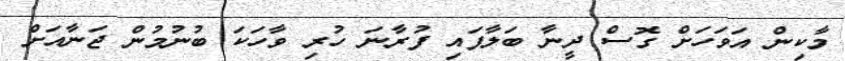
މާކިން އަވަހަށް ގޮސް ދީނާ ބަލާފައި ފުރާނަ ހުރި ވާހަކަ ބުނުމުން ޖަނާއަށް